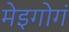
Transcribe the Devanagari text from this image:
मेइगोगं